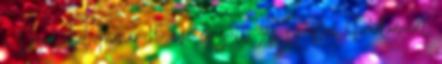
a Desideából Immár 15 éve együtt Az Európai Parlament